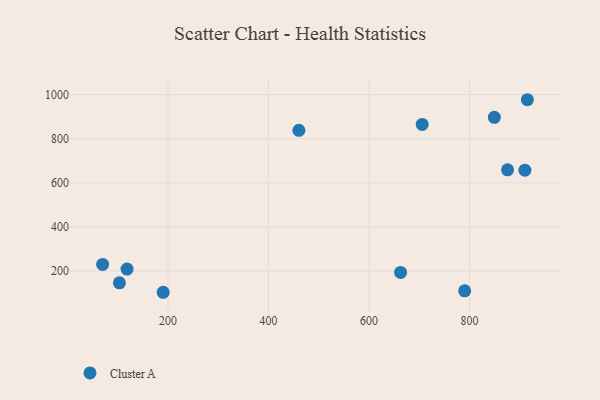
{"axis": {"x": "Engine Size", "y": "Salary"}, "legend": ["Cluster A"], "data": [{"x": "662.7", "y": 193.8, "type": "Cluster A"}, {"x": "460.3", "y": 837.8, "type": "Cluster A"}, {"x": "190.3", "y": 103.8, "type": "Cluster A"}, {"x": "69.8", "y": 230.2, "type": "Cluster A"}, {"x": "875.6", "y": 658.8, "type": "Cluster A"}, {"x": "103.2", "y": 146.6, "type": "Cluster A"}, {"x": "790.2", "y": 110.2, "type": "Cluster A"}, {"x": "915.0", "y": 976.7, "type": "Cluster A"}, {"x": "118.4", "y": 209.1, "type": "Cluster A"}, {"x": "910.1", "y": 657.1, "type": "Cluster A"}, {"x": "849.3", "y": 897.0, "type": "Cluster A"}, {"x": "705.7", "y": 864.6, "type": "Cluster A"}]}